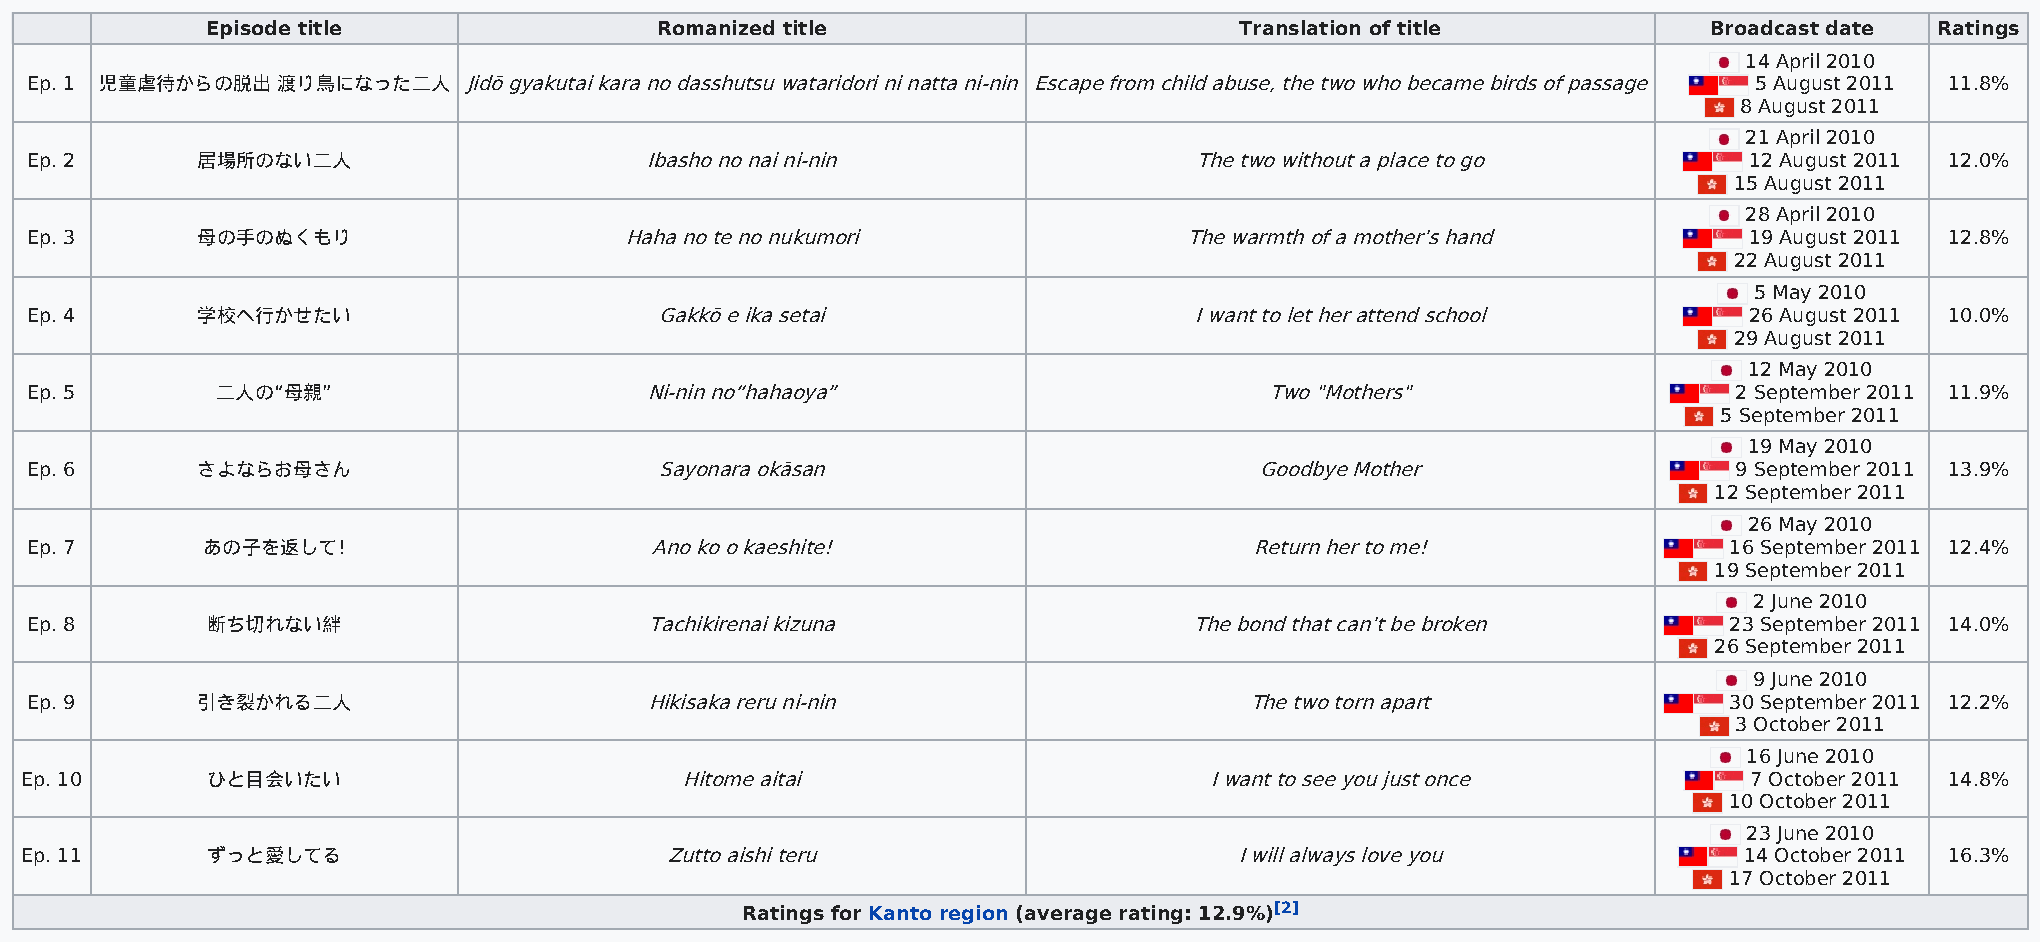
Episode title                Romanized title                        Translation of title           Broadcast date Ratings
 14 April 2010
 Ep. 1 児童虐待からの脱出 渡り鳥になった二人    Jidō gyakutai kara no dasshutsu wataridori ni natta ni-nin Escape from child abuse, the two who became birds of passage 5 August 2011 11.8%
 8 August 2011
 21 April 2010
 Ep. 2      居場所のない二人                      Ibasho no nai ni-nin                The two without a place to go        12 August 2011 12.0%
 15 August 2011
 28 April 2010
 Ep. 3      母の手のぬくもり                    Haha no te no nukumori                The warmth of a mother’s hand        19 August 2011 12.8%
 22 August 2011
 5 May 2010
 Ep. 4      学校へ行かせたい                       Gakkō e ika setai                  I want to let her attend school      26 August 2011 10.0%
 29 August 2011
 12 May 2010
 Ep. 5       二人の“母親”                      Ni-nin no“hahaoya”                       Two "Mothers"                  2 September 2011 11.9%
 5 September 2011
 19 May 2010
 Ep. 6      さよならお母さん                       Sayonara okāsan                        Goodbye Mother                  9 September 2011 13.9%
 12 September 2011
 26 May 2010
 Ep. 7      あの子を返して!                      Ano ko o kaeshite!                      Return her to me!              16 September 2011 12.4%
 19 September 2011
 2 June 2010
 Ep. 8       断ち切れない絆                      Tachikirenai kizuna                 The bond that can’t be broken      23 September 2011 14.0%
 26 September 2011
 9 June 2010
 Ep. 9      引き裂かれる二人                      Hikisaka reru ni-nin                    The two torn apart             30 September 2011 12.2%
 3 October 2011
 16 June 2010
 Ep. 10       ひと目会いたい                        Hitome aitai                       I want to see you just once         7 October 2011 14.8%
 10 October 2011
 23 June 2010
 Ep. 11       ずっと愛してる                       Zutto aishi teru                      I will always love you           14 October 2011 16.3%
 17 October 2011
 Ratings for Kanto region (average rating: 12.9%)[2]